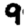
Digit: 9